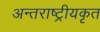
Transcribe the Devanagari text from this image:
अन्तराष्ट्रीयकृत